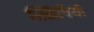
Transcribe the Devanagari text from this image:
स्सिपियो